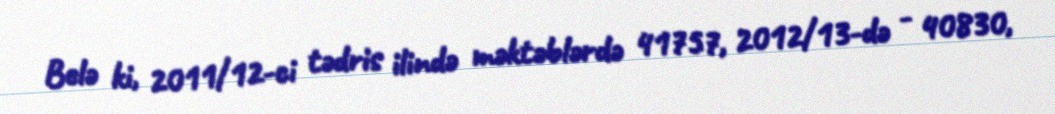
Belə ki, 2011/12-ci tədris ilində məktəblərdə 41757, 2012/13-də - 40830,